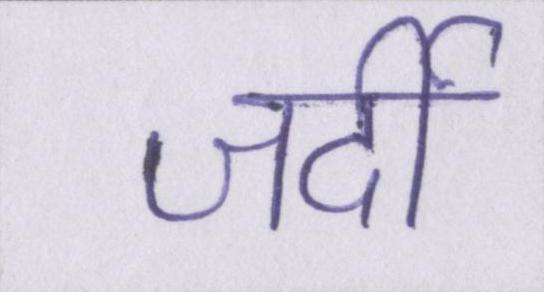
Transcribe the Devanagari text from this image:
जर्दी